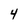
Character: 4